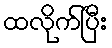
ထလိုက်ပြီး